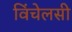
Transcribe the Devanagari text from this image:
विंचेलसी